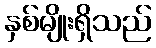
နှစ်မျိုးရှိသည်